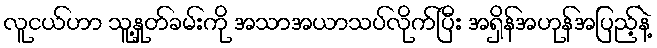
လူငယ်ဟာ သူ့နှုတ်ခမ်းကို အသာအယာသပ်လိုက်ပြီး အရှိန်အဟုန်အပြည့်နဲ့